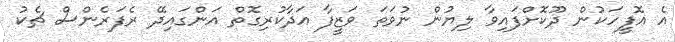
އެ އޮފީހަކުން ދޫކޮށްފައިވާ ލިޔުން ނުވަތަ ވަޒީފާ އަދާކުރިގޮތް އަންގައިދޭ ރެފަރެންސް ޗެކު